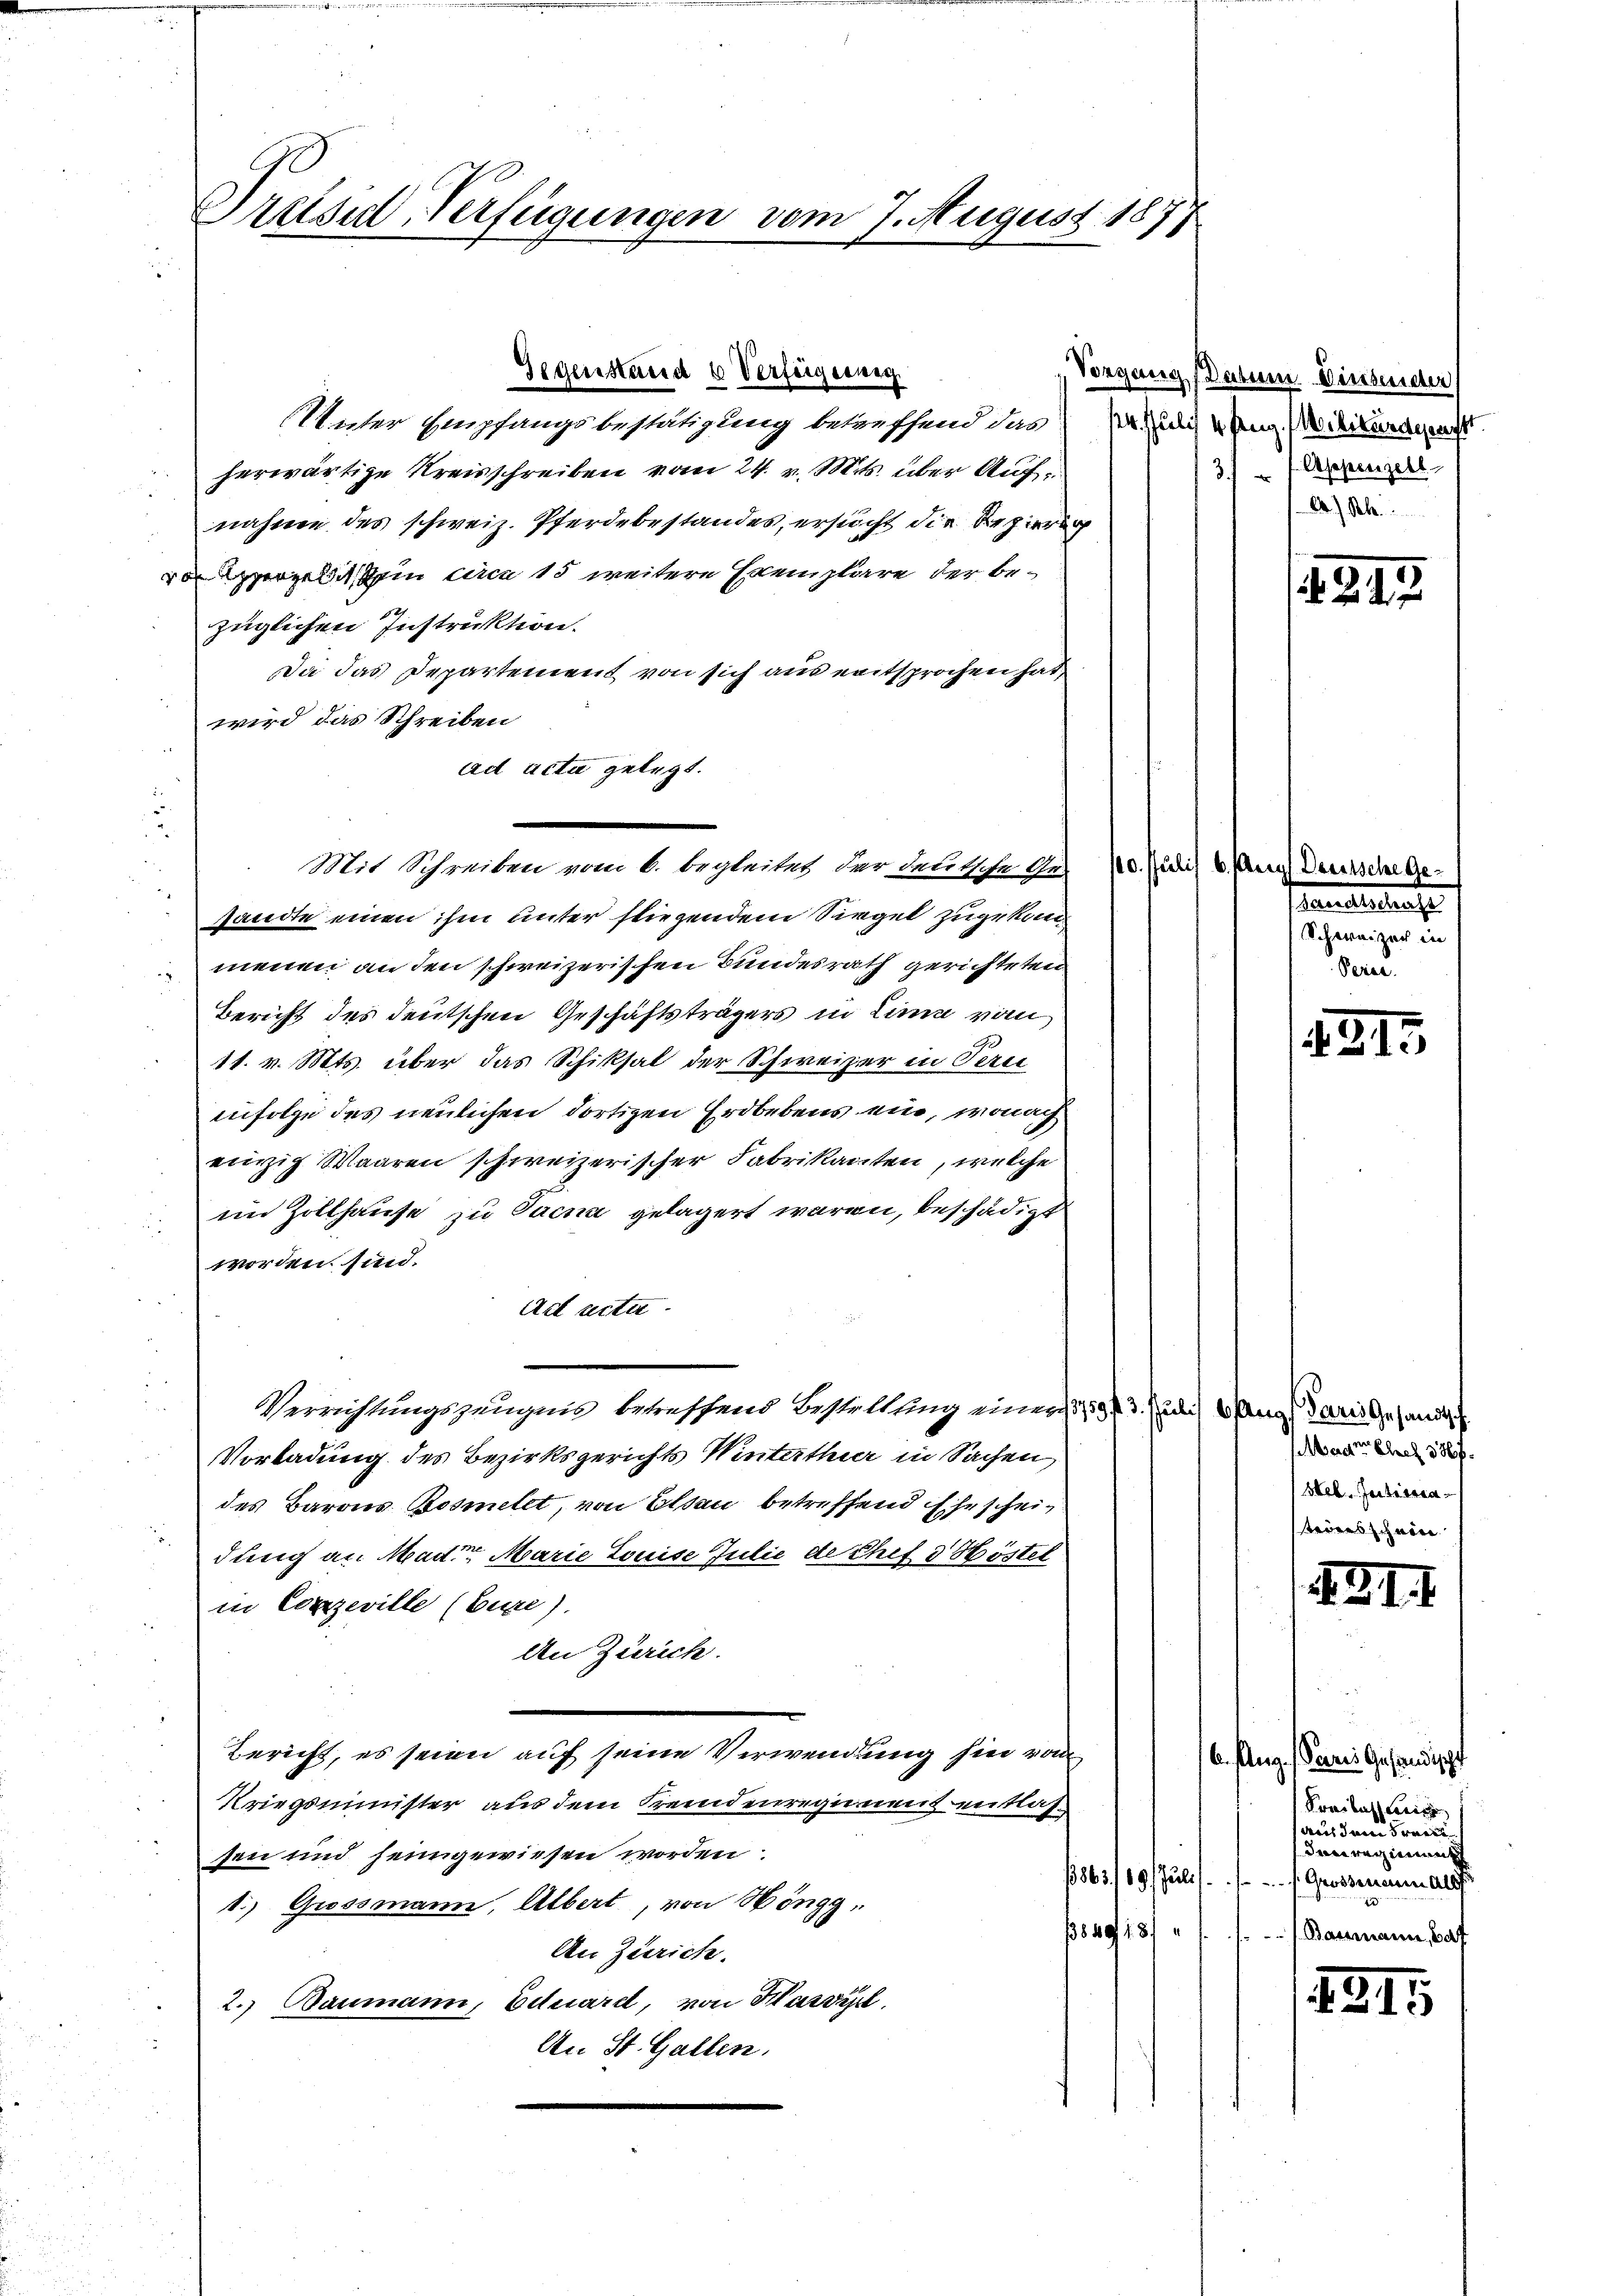
Dreisid-Verfügungen vom 7. August 1877

Unter Empfangsbestätigung betreffend das
herwärtige Kreisschreiben vom 24. v. Mts. über Aufnahme des schweiz. Pferdebestandes, ersucht die Regierung
von ergeld dem circa 15 weitere Exemplare der bezüglichen Instruktion.
Da das Departement von sich aus entsprochen hat,
wird das Schreiben
ad acta gelegt.

Gegenstand u Verfeigerung
Vorgang

Mit Schreiben vom 6. begleitet der delitsche Ges. zu er

sandte einen ihm unter fliegendem Siegel zugekommenen an den schweizerischen Bundesrath gerichteten
Bericht des deutschen Geschäftsträgers in Linie vom
11. v. Mts. über das Schiksal der Schweizer in Perce
infolge des neulichen dortigen Erdbebens ein, wonach
einzig Waaren schweizerischer Fabrikanten, welche
im Zollhause zu Pacna gelagert waren, beschädigt
worden sind.
Act acta.
Verrichtungszeugnis betreffend Bestellung einer 359 f. 3. Juli) Gang Paristesandt
Vorladung des Bezirksgerichts Winterthur in Sachen,
des Barons Bodmetet, von Elsau betreffend Ehescheidung an Mad. Marie Louise Julie de Chef 3 Höstel
in Conzeville (Euze).
An Zürich.
Bericht, es seien auf seine Verwendung hier von
Kriegsminister aus dem Fremdenregiment entlassen und seingewiesen worden.
1.) Grossmann, Albert, von Höngg,
849, 187
An Zürich.
2.) Baumann, Eduard, von Harderl
An St. Gallen.

d

Datum Weissender
4 Aug. Wirkundesrecht
 Appenzell
3
4) Rh.

Mader Ehre 386 f.
Heb. Initivera
tröres schöne

1243

Daselsche Geaecederlaufe
Schweizer in
Feier.

431.

121.

6. Aug. Peeres Gesandische
Freibus ein
(aus dem Fran
Ianregimenth
863/19 u. Grossenen als
/ Baumann, haf

215